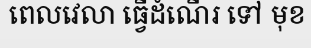
ពេលវេលា ធ្វើដំណើរ ទៅ មុខ